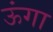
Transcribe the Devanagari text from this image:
ऊंगा